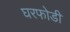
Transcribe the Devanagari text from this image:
घरफोडी